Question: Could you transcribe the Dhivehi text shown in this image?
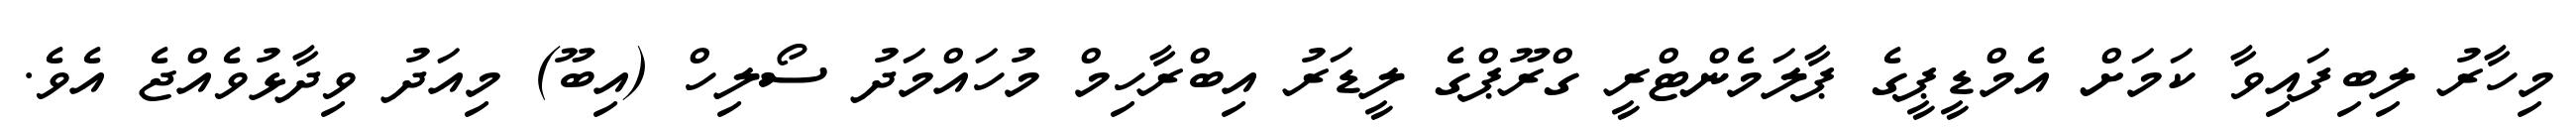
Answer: މިހާރު ލިބިފައިވާ ކަމަށް އެމްޑީޕީގެ ޕާލަމެންޓްރީ ގްރޫޕްގެ ލީޑަރު އިބްރާހިމް މުހައްމަދު ސޯލިހް (އިބޫ) މިއަދު ވިދާޅުވެއްޖެ އެވެ.